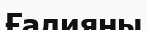
Ғалияны